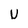
Character: U